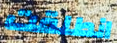
انطلقت